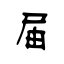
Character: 届